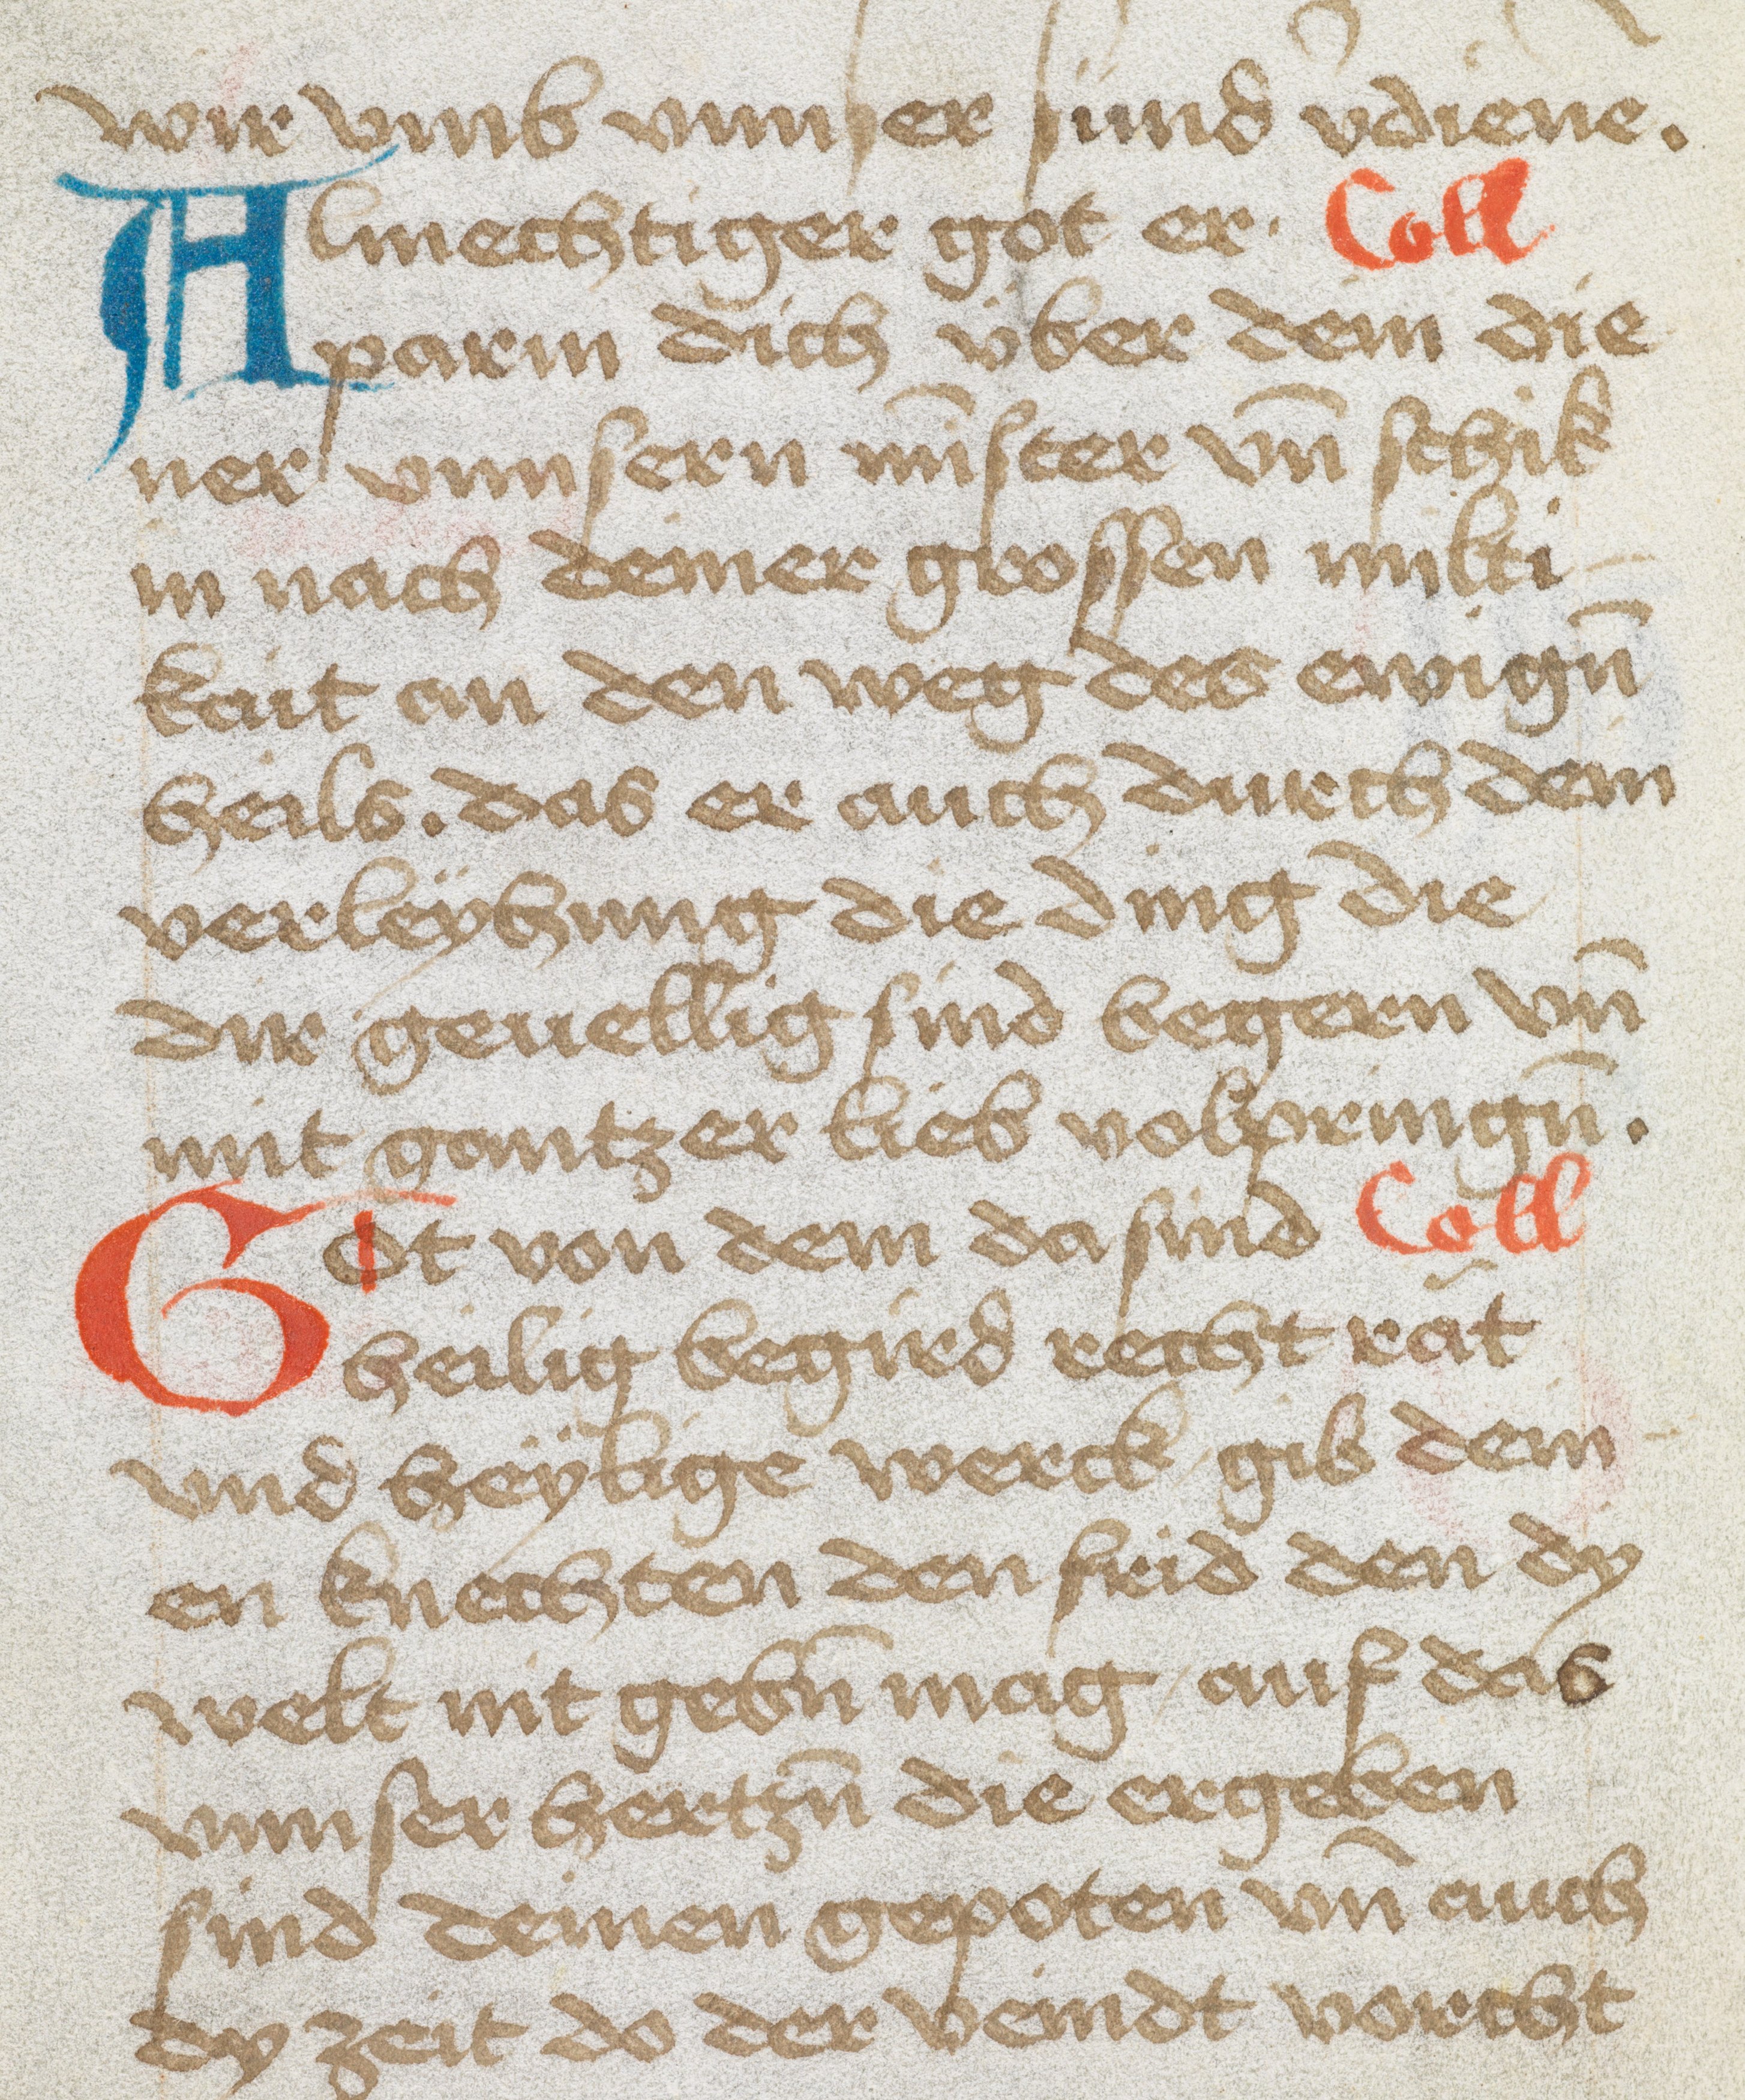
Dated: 1475–1524